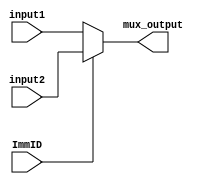
`timescale 1ns / 1ps
//////////////////////////////////////////////////////////////////////////////////
// Sam Bolduc and Aryan Mehrotra
// 
// Module Name: Multiplexer 32-bit
// Project Name: Assignment 6
//////////////////////////////////////////////////////////////////////////////////


module mux32(input1, input2, ImmID, mux_output);
    input[31:0] input1, input2;
    input ImmID;
    output[31:0] mux_output;
    
    assign mux_output = ImmID ? input2:input1;
endmodule